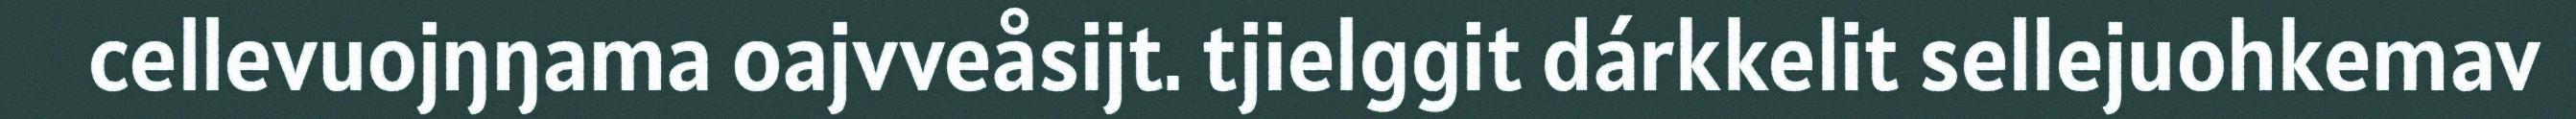
cellevuojŋŋama oajvveåsijt. tjielggit dárkkelit sellejuohkemav